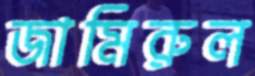
জামিরুল